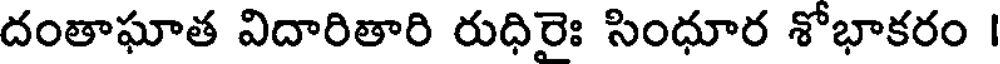
దంతాఘాత విదారితారి రుధిరైః సింధూర శోభాకరం |